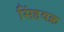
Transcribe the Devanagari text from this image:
सिंहवक्र